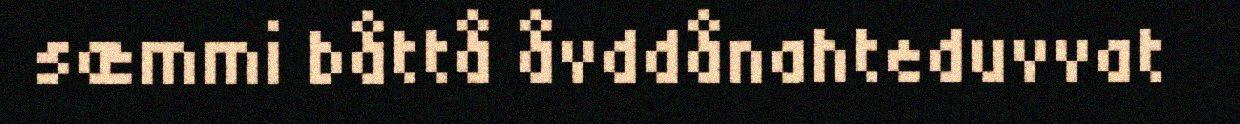
sæmmi båttå åvddånahteduvvat